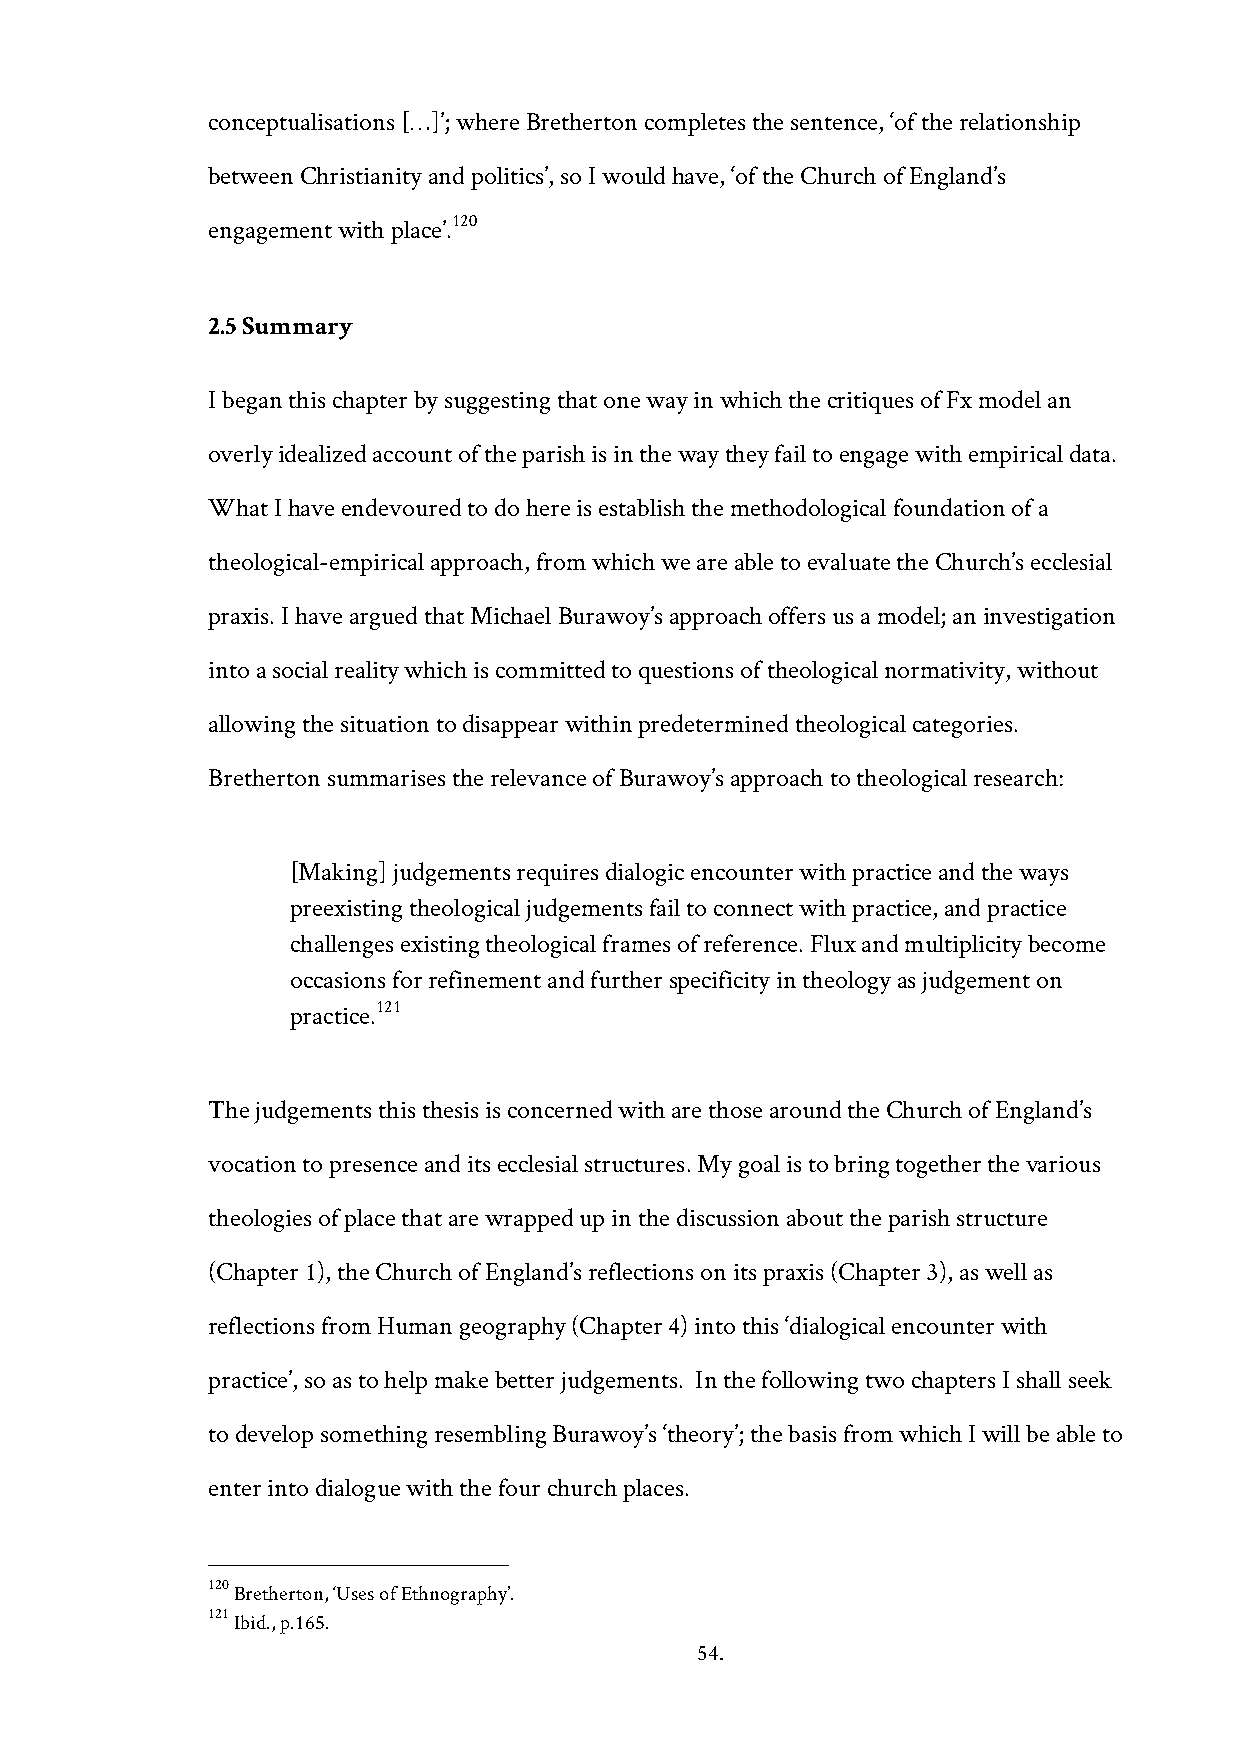
conceptualisations […]’; where Bretherton completes the sentence, ‘of the relationship
 between Christianity and politics’, so I would have, ‘of the Church of England’s
 120
 engagement with place’.
 2.5 Summary
 I began this chapter by suggesting that one way in which the critiques of Fx model an
 overly idealized account of the parish is in the way they fail to engage with empirical data.
 What I have endevoured to do here is establish the methodological foundation of a
 theological-empirical approach, from which we are able to evaluate the Church’s ecclesial
 praxis. I have argued that Michael Burawoy’s approach offers us a model; an investigation
 into a social reality which is committed to questions of theological normativity, without
 allowing the situation to disappear within predetermined theological categories.
 Bretherton summarises the relevance of Burawoy’s approach to theological research:
 [Making] judgements requires dialogic encounter with practice and the ways
 preexisting theological judgements fail to connect with practice, and practice
 challenges existing theological frames of reference. Flux and multiplicity become
 occasions for refinement and further specificity in theology as judgement on
 121
 practice.
 The judgements this thesis is concerned with are those around the Church of England’s
 vocation to presence and its ecclesial structures. My goal is to bring together the various
 theologies of place that are wrapped up in the discussion about the parish structure
 (Chapter 1), the Church of England’s reflections on its praxis (Chapter 3), as well as
 reflections from Human geography (Chapter 4) into this ‘dialogical encounter with
 practice’, so as to help make better judgements. In the following two chapters I shall seek
 to develop something resembling Burawoy’s ‘theory’; the basis from which I will be able to
 enter into dialogue with the four church places.
 120 Bretherton, ‘Uses of Ethnography’.
 121 Ibid., p.165.
 54.